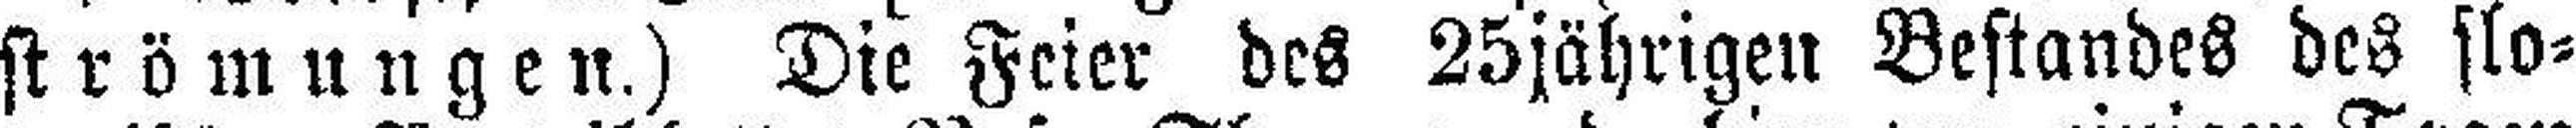
strömungen.) Die Feier des 25jährigen Bestandes des slo¬